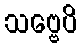
သဗ္ဗေပိ